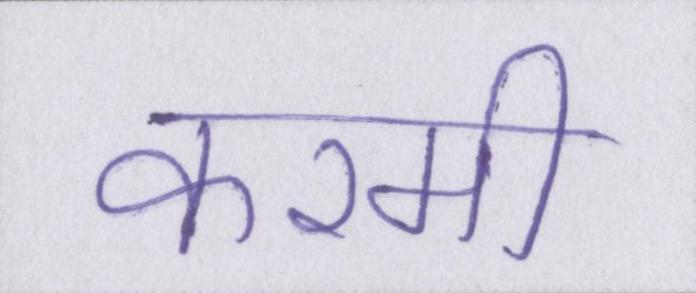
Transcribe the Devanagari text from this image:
करमी